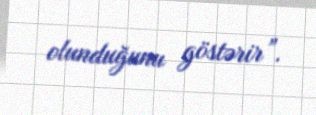
olunduğunu göstərir”.